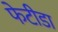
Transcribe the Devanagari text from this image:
फेटीडा